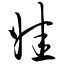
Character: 娃